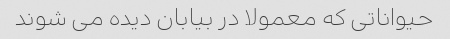
حیواناتی که معمولا در بیابان دیده می شوند